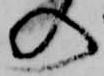
の